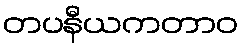
တပနီယကတာဝ